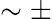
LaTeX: \sim\pm